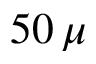
5 0 \, \mu